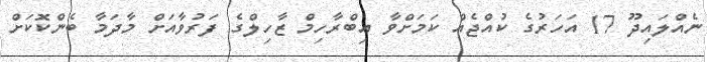
ނެއްލައިދޫ 17 އަހަރުގެ ކުއްޖެއް ކަމަށްވާ އިބްރާހިމް ޒާހިލްގެ ފަރުވާއަށް މާދަމާ ބެންކޮކަށް